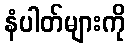
နံပါတ်များကို